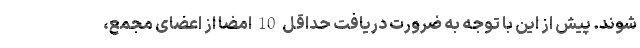
شوند. پیش از این با توجه به ضرورت دریافت حداقل 10 امضا از اعضای مجمع،